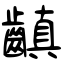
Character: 齻